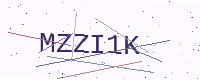
Text: MZZI1K